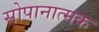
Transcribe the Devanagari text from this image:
सोपानात्मक